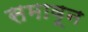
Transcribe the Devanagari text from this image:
समावून